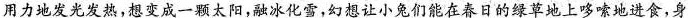
用力地发光发热，想变成一颗太阳，融冰化雪，幻想让小兔们能在春日的绿草地上哆嗦地进食，身